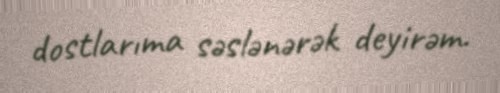
dostlarıma səslənərək deyirəm.